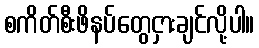
စကိတ်စီးဖိနပ်တွေငှားချင်လို့ပါ။